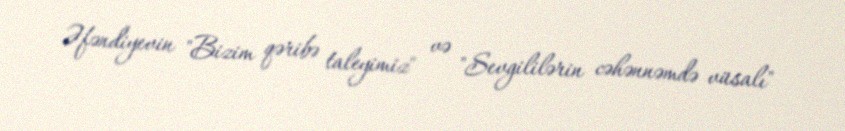
Əfəndiyevin "Bizim qəribə taleyimiz" və "Sevgililərin cəhənnəmdə vüsalı"